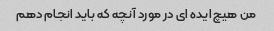
من هیچ ایده ای در مورد آنچه که باید انجام دهم